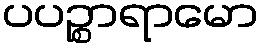
ပပဉ္စာရာမော